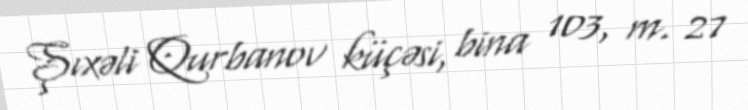
Şıxəli Qurbanov küçəsi, bina 103, m. 27